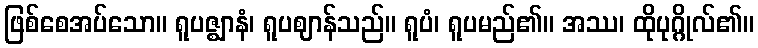
ဖြစ်စေအပ်သော။ ရူပဇ္ဈာနံ၊ ရူပဈာန်သည်။ ရူပံ၊ ရူပမည်၏။ အဿ၊ ထိုပုဂ္ဂိုလ်၏။